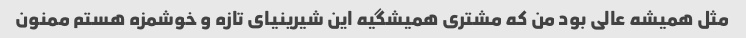
مثل همیشه عالی بود من که مشتری همیشگیه این شیرینیای تازه و خوشمزه هستم ممنون